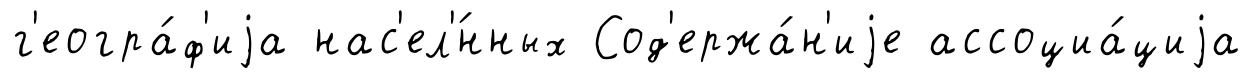
г'еогра́ф'иjа нас'ел'́нных Сод'ержа́н'иjе ассоциа́циjа